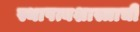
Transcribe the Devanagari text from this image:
स्थापत्यशास्त्राची